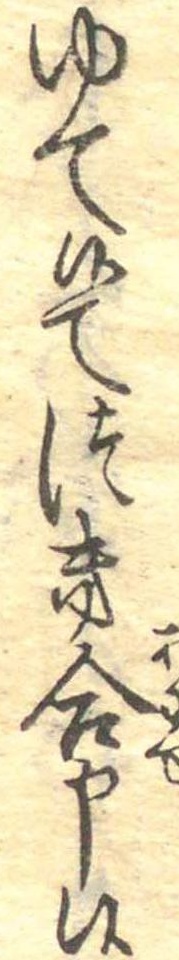
ゆて候てつき合申候